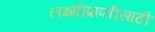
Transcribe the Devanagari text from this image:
लक्ष्मीप्राप्तीसाठी